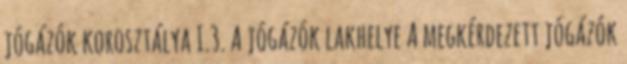
jógázók korosztálya I.3. A jógázók lakhelye A megkérdezett jógázók